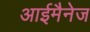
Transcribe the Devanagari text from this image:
आईमैनेज